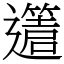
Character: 𨘥